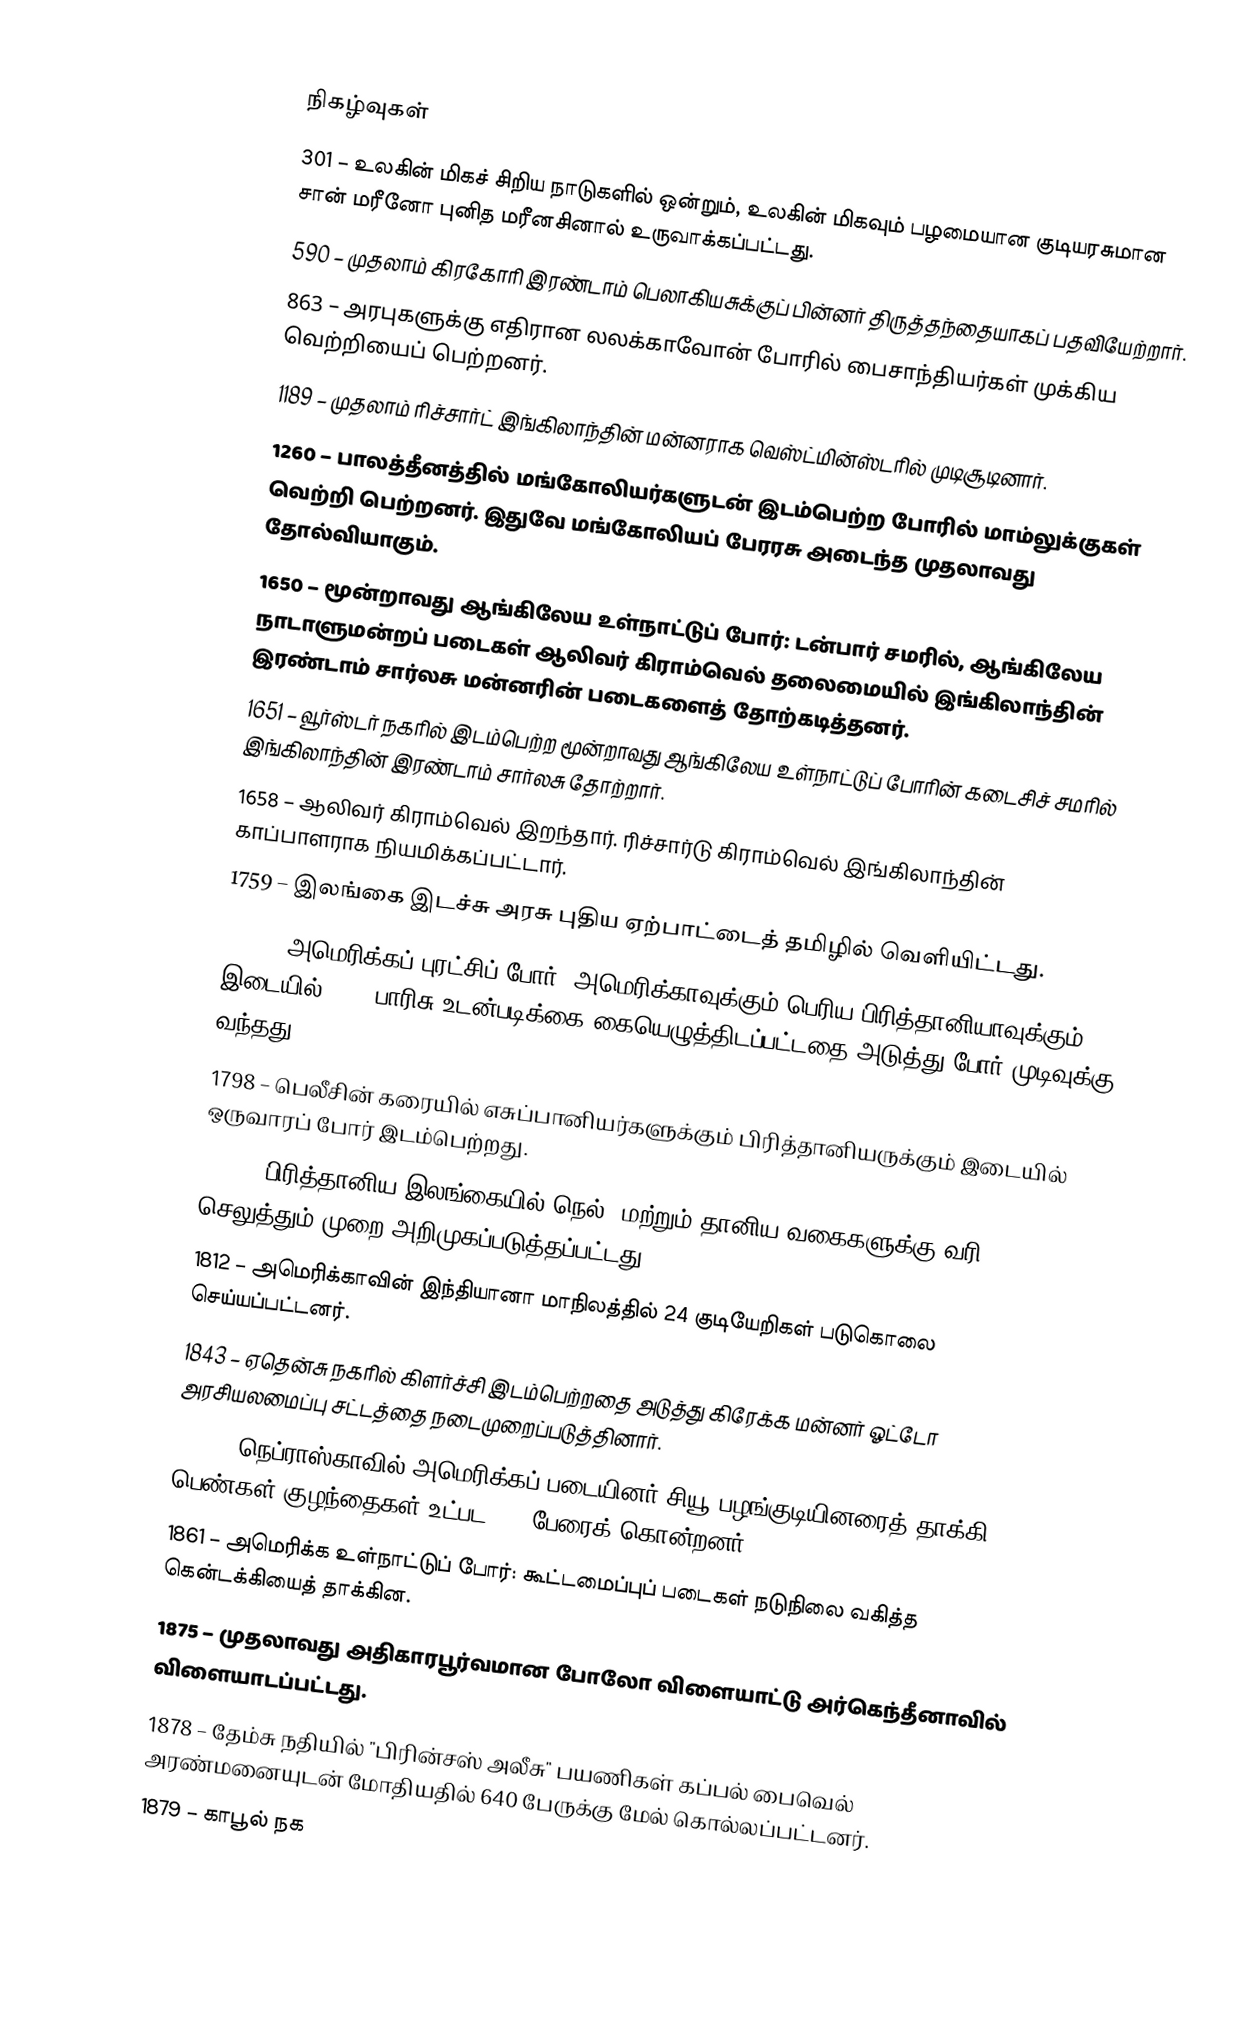

நிகழ்வுகள்
301 – உலகின் மிகச் சிறிய நாடுகளில் ஒன்றும், உலகின் மிகவும் பழமையான குடியரசுமான சான் மரீனோ புனித மரீனசினால் உருவாக்கப்பட்டது.
590 – முதலாம் கிரகோரி இரண்டாம் பெலாகியசுக்குப் பின்னர் திருத்தந்தையாகப் பதவியேற்றார்.
863 – அரபுகளுக்கு எதிரான லலக்காவோன் போரில் பைசாந்தியர்கள் முக்கிய வெற்றியைப் பெற்றனர்.
1189 – முதலாம் ரிச்சார்ட் இங்கிலாந்தின் மன்னராக வெஸ்ட்மின்ஸ்டரில் முடிசூடினார்.
1260 – பாலத்தீனத்தில் மங்கோலியர்களுடன் இடம்பெற்ற போரில் மாம்லுக்குகள் வெற்றி பெற்றனர். இதுவே மங்கோலியப் பேரரசு அடைந்த முதலாவது தோல்வியாகும்.
1650 – மூன்றாவது ஆங்கிலேய உள்நாட்டுப் போர்: டன்பார் சமரில், ஆங்கிலேய நாடாளுமன்றப் படைகள் ஆலிவர் கிராம்வெல் தலைமையில் இங்கிலாந்தின் இரண்டாம் சார்லசு மன்னரின் படைகளைத் தோற்கடித்தனர்.
1651 – வூர்ஸ்டர் நகரில் இடம்பெற்ற மூன்றாவது ஆங்கிலேய உள்நாட்டுப் போரின் கடைசிச் சமரில் இங்கிலாந்தின் இரண்டாம் சார்லசு தோற்றார்.
1658 – ஆலிவர் கிராம்வெல் இறந்தார். ரிச்சார்டு கிராம்வெல் இங்கிலாந்தின் காப்பாளராக நியமிக்கப்பட்டார்.
1759 – இலங்கை இடச்சு அரசு புதிய ஏற்பாட்டைத் தமிழில் வெளியிட்டது.
1783 – அமெரிக்கப் புரட்சிப் போர்: அமெரிக்காவுக்கும் பெரிய பிரித்தானியாவுக்கும் இடையில் 1783 பாரிசு உடன்படிக்கை கையெழுத்திடப்பட்டதை அடுத்து போர் முடிவுக்கு வந்தது.
1798 – பெலீசின் கரையில் எசுப்பானியர்களுக்கும் பிரித்தானியருக்கும் இடையில் ஒருவாரப் போர் இடம்பெற்றது.
1801 – பிரித்தானிய இலங்கையில் நெல், மற்றும் தானிய வகைகளுக்கு வரி செலுத்தும் முறை அறிமுகப்படுத்தப்பட்டது.
1812 – அமெரிக்காவின் இந்தியானா மாநிலத்தில் 24 குடியேறிகள் படுகொலை செய்யப்பட்டனர்.
1843 – ஏதென்சு நகரில் கிளர்ச்சி இடம்பெற்றதை அடுத்து கிரேக்க மன்னர் ஓட்டோ அரசியலமைப்பு சட்டத்தை நடைமுறைப்படுத்தினார்.
1855 – நெப்ராஸ்காவில் அமெரிக்கப் படையினர் சியூ பழங்குடியினரைத் தாக்கி பெண்கள் குழந்தைகள் உட்பட 100 பேரைக் கொன்றனர்.
1861 – அமெரிக்க உள்நாட்டுப் போர்: கூட்டமைப்புப் படைகள் நடுநிலை வகித்த கென்டக்கியைத் தாக்கின.
1875 – முதலாவது அதிகாரபூர்வமான போலோ விளையாட்டு அர்கெந்தீனாவில் விளையாடப்பட்டது.
1878 – தேம்சு நதியில் "பிரின்சஸ் அலீசு" பயணிகள் கப்பல் பைவெல் அரண்மனையுடன் மோதியதில் 640 பேருக்கு மேல் கொல்லப்பட்டனர்.
1879 – காபூல் நக